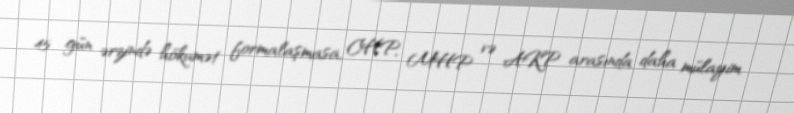
45 gün ərzində hökumət formalaşmasa, CHP, MHP və AKP arasında daha mülayim